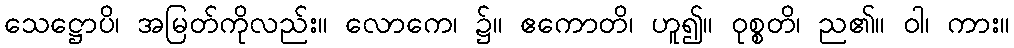
သေဋ္ဌောပိ၊ အမြတ်ကိုလည်း။ လောကေ၊ ၌။ ဧကောတိ၊ ဟူ၍။ ဝုစ္စတိ၊ ည၏။ ဝါ၊ ကား။